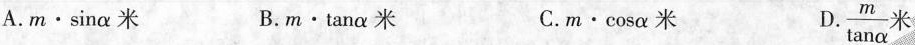
A. $$m·\sin\alpha$$ 米 B. $$m·\tan \alpha$$ 米 C.$$m·\cos \alpha$$ 米 D. $$\frac{m}{\tan \alpha}$$